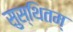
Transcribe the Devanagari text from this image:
सुस्थितम्